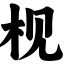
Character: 枧